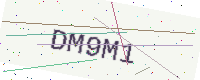
Text: DM9M1